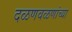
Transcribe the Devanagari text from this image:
दळणवळणांच्या